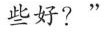
些好?”